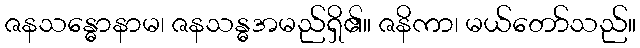
ဇနသန္ဓောနာမ၊ ဇနသန္ဓအမည်ရှိ၏။ ဇနိကာ၊ မယ်တော်သည်။